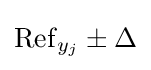
{\operatorname {Ref} _{y_{j}}}\pm \Delta